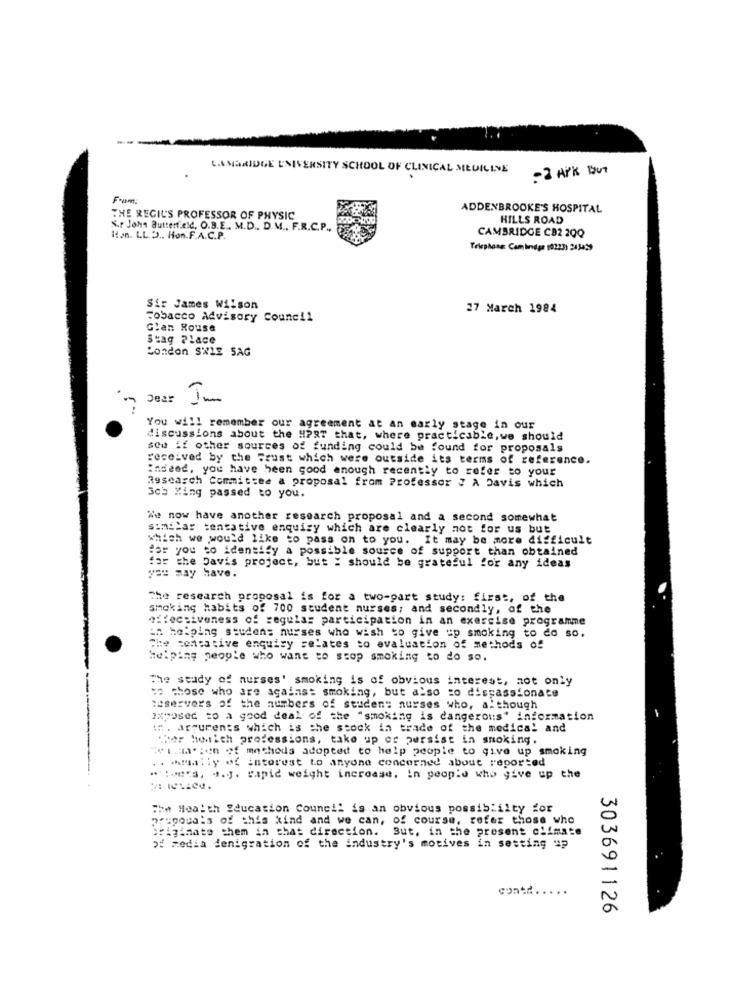
LASBRIDGE UNIVERSITY SCHOOL OF CLINICAL MEUILINE
- 2 APK BUT
Frum
ADDENBROOKE'S HOSPITAL
THE REGIL'S PROFESSOR OF PHYSIC
HILLS ROAD
S.r John Butterfield, O.B.E ., M.D ., D.M .. F.R.C.P .,
CAMBRIDGE CB2 20Q
Hon. LL 3 .. Hon.F.A.C.P.
Telephone: Cambridge (02231 243459
Sir James Wilson
27 March 1984
Tobacco Advisory Council
Glen Rouse
Stag Place
London SWLE SAG
Dear
(-)
You will remember our agreement at an early stage in our
discussions about the HP87 that, where practicable,we should
sou if other sources of funding could be found for proposals
received by the Frust which were outside its terms of reference.
indeed, you have been good enough recently to refer to your
Rgsearch Committee a proposal from Professor J A Davis which
Sch Wing passed to you.
We now have another research proposal and a second somewhat
similar tentative enquiry which are clearly not for us but
which we would like to pass on to you. It may be more difficult
Har you to identify a possible sousce of support than obtained
for the Davis project, but : should be grateful for any ideas
you may have.
The research proposal is for a two-part study: first, of the
smoking habits of 700 student nurses; and secondly, of the
fecsiveness of regular participation in an exercise programme
in helping studens nurses who wish to give up smoking to do so.
Che concative enquiry relates to evaluation of methods of
Helping people who want to stop smoking to do so.
The study of nurses' smoking is of obvious interest, not only
----
so those who are against smoking, but also so dispassionate
:eservers of the numbers of student nurses who, although
exposed to a good deal of the "smoking is dangerous' information
::. arturents which is the stock in trade of the medical and
thor heich professions, take up of persist in smoking.
"vi.ma.ion of methods adopted to help people to give up smoking
.. . malty of interest to anyone concerned about reported
.: +'s, ".J. capic weight increase. in people who give up the
The Health Sducation Council is an obvious possiblilty for
poupouals of this kind and we can, of course, refer those who
originate them in that direction. But, in the present climate
> media denigration of the industry's motives in setting up
303691126